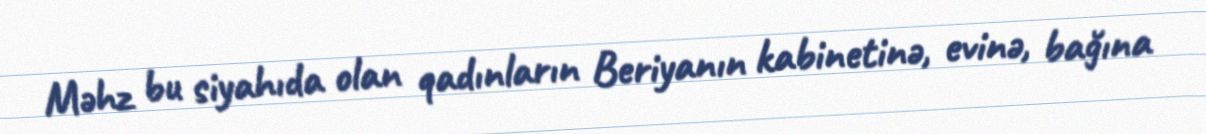
Məhz bu siyahıda olan qadınların Beriyanın kabinetinə, evinə, bağına